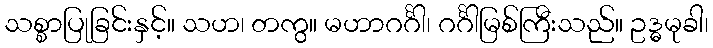
သစ္စာပြုခြင်းနှင့်။ သဟ၊ တကွ။ မဟာဂင်္ဂါ၊ ဂင်္ဂါမြစ်ကြီးသည်။ ဥဒ္ဓမုခါ၊